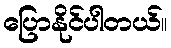
ပြောနိုင်ပါတယ်။